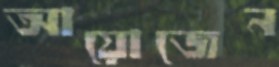
আয়োজেন